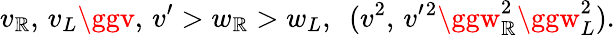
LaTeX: v_{\mathbb{R}},\, v_{L}\ggv,\, v^{\prime}>w_{\mathbb{R}}>w_{L},\ \ (v^{2},\, v^{\prime}{}^{2}\ggw_{\mathbb{R}}^{2}\ggw_{L}^{2}).